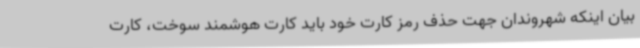
بیان اینکه شهروندان جهت حذف رمز کارت خود باید کارت هوشمند سوخت، کارت